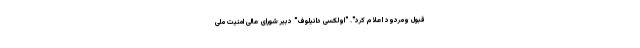
قبول ومردود اعلام کرد". "اولکسی دانیلوف" دبیر شورای عالی امنیت ملی